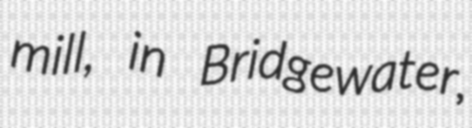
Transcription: mill, in Bridgewater,